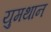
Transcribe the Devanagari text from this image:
युमथान